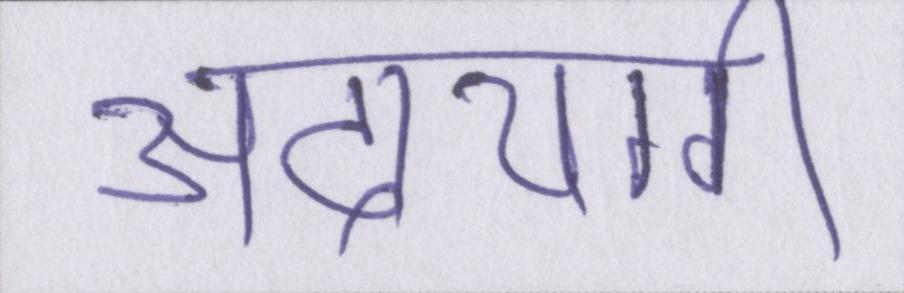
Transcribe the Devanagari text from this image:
अदायगी